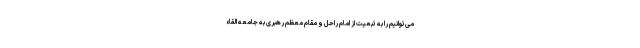
می‌توانیم را به تبعیت از امام راحل و مقام معظم رهبری به جامعه القاء